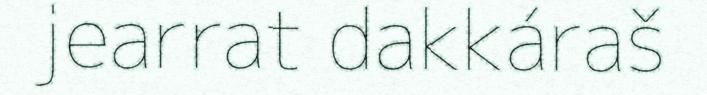
jearrat dakkáraš